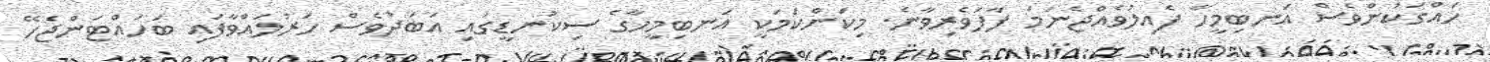
ހައްގަކުންވެސް އަނބިމީހާ ފެއިލުވެއްޖެނަމަ ފާފަވެރިވާނެ. މިކަންކަމަކީ އަނބިމީހާގެ ސިކުނޑީގައި އަބަދުވެސް ހަރުލައްވާފައި ބަހައްޓަންޖެހޭ